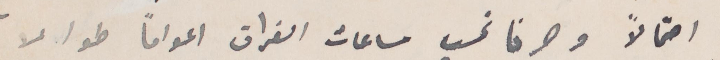
احتمالًا وصرنا نحسب ساعات الفراق اعوامًا طوالًا